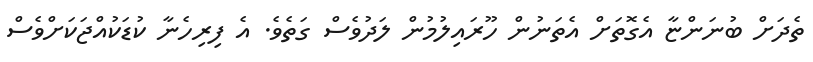
ތެދަށް ބުނަންޏާ އެގޮތަށް އެތަނުން ހޫރައިލުމުން ލަދުވެސް ގަތެވެ. އެ ފިރިހެނާ ކުޑަކުއްޖަކަށްވެސް